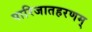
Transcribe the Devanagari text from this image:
पारिजातहरणम्